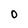
Character: 0